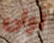
اولى